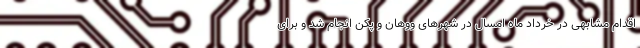
اقدام مشابهی در خرداد ماه امسال در شهرهای ووهان و پکن انجام شد و برای